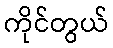
ကိုင်တွယ်